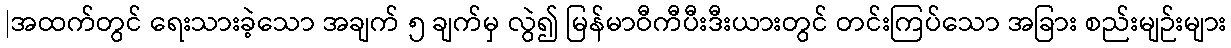
|အထက်တွင် ရေးသားခဲ့သော အချက် ၅ ချက်မှ လွဲ၍ မြန်မာဝီကီပီးဒီးယားတွင် တင်းကြပ်သော အခြား စည်းမျဉ်းများ